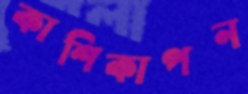
কাশিকাপন